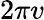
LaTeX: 2\pi v